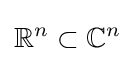
\mathbb {R} ^{n}\subset \mathbb {C} ^{n}